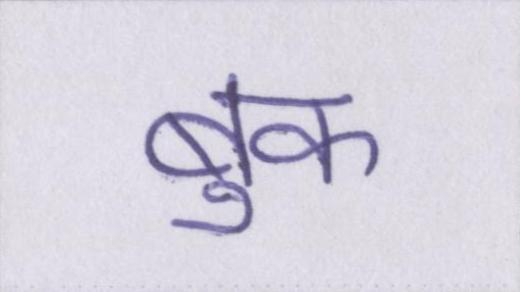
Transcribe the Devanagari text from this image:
बुक